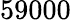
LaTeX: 59000